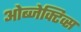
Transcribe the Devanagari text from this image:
ओब्जेक्टिव्स